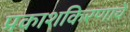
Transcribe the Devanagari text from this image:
प्रकाशकिरणाचे